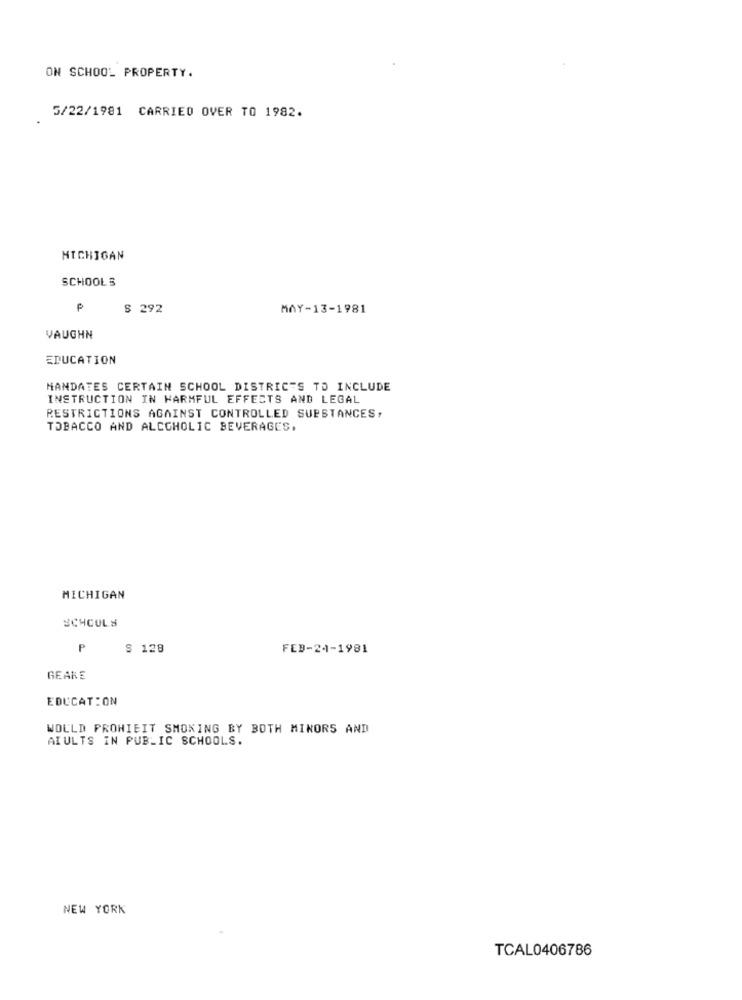
ON SCHOOL PROPERTY.
5/22/1981 CARRIED OVER TO 1982.
MICHIGAN
SCHOOLS
$ 292
MAY-13-1981
VAUGHN
EDUCATION
MANDATES CERTAIN SCHOOL DISTRICTS TO INCLUDE
INSTRUCTION IN HARMFUL EFFECTS AND LEGAL
RESTRICTIONS AGAINST CONTROLLED SUBSTANCES,
TOBACCO AND ALCOHOLIC BEVERAGES.
MICHIGAN
SCHOOLS
P
S 128
FEB-24-1981
GEARE
EDUCATION
WOULD PROHIBIT SMOKING BY BOTH MINORS AND
AIULTS IN PUBLIC SCHOOLS.
NEW YORK
TCAL0406786